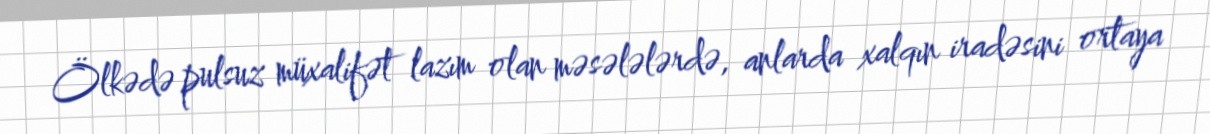
Ölkədə pulsuz müxalifət lazım olan məsələlərdə, anlarda xalqın iradəsini ortaya